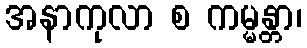
အနာကုလာ စ ကမ္မန္တာ၊